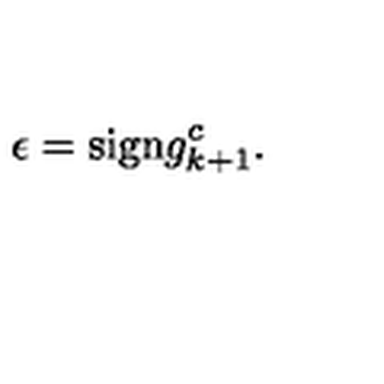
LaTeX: \epsilon = \mathrm { s i g n } g _ { k + 1 } ^ { c } .